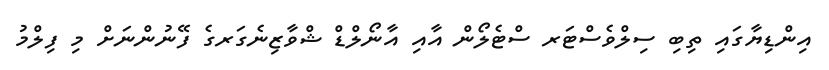
އިންޑިޔާގައި ތިބި ސިލްވެސްޓަރ ސްޓެލޯން އާއި އާނޯލްޑް ޝްވާޒިނެގަރގެ ފޭނުންނަށް މި ފިލްމު